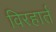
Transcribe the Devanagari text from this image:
विरहार्त